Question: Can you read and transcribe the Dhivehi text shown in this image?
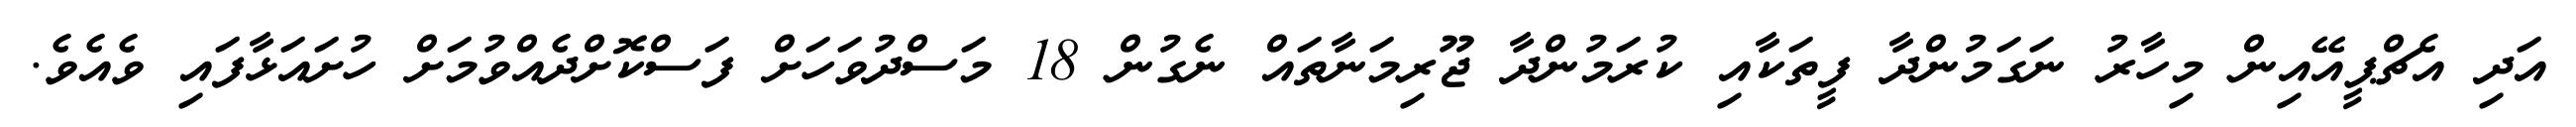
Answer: އަދި އެޗްޕީއޭއިން މިހާރު ނަގަމުންދާ ފީތަކާއި ކުރަމުންދާ ޖޫރިމަނާތައް ނެގުން 18 މަސްދުވަހަށް ފަސްކޮށްދެއްވުމަށް ހުށައަޅާފައި ވެއެވެ.